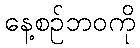
နေ့စဉ်ဘဝကို